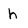
Character: h